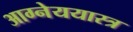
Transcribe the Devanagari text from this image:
आग्नेययास्त्र